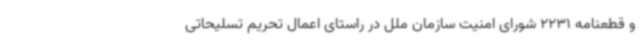
و قطعنامه 2231 شورای امنیت سازمان ملل در راستای اعمال تحریم تسلیحاتی